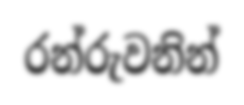
රන්රුවනින්